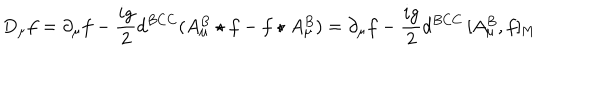
LaTeX: D _ { \mu } f = \partial _ { \mu } f - { \frac { i g } { 2 } } d ^ { B C C } ( A _ { \mu } ^ { B } \star f - f \star A _ { \mu } ^ { B } ) = \partial _ { \mu } f - { \frac { i g } { 2 } } d ^ { B C C } \, [ A _ { \mu } ^ { B } , f ] _ { \mathrm { M } }